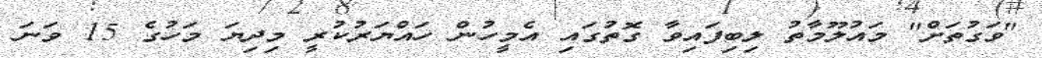
"ވަގުތަށް" މައުލޫމާތު ލިބިފައިވާ ގޮތުގައި އެމީހުން ހައްޔަރުކުރީ މިދިޔަ މަހުގެ 15 ވަނަ